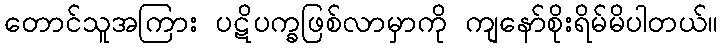
တောင်သူအကြား ပဋိပက္ခဖြစ်လာမှာကို ကျနော်စိုးရိမ်မိပါတယ်။